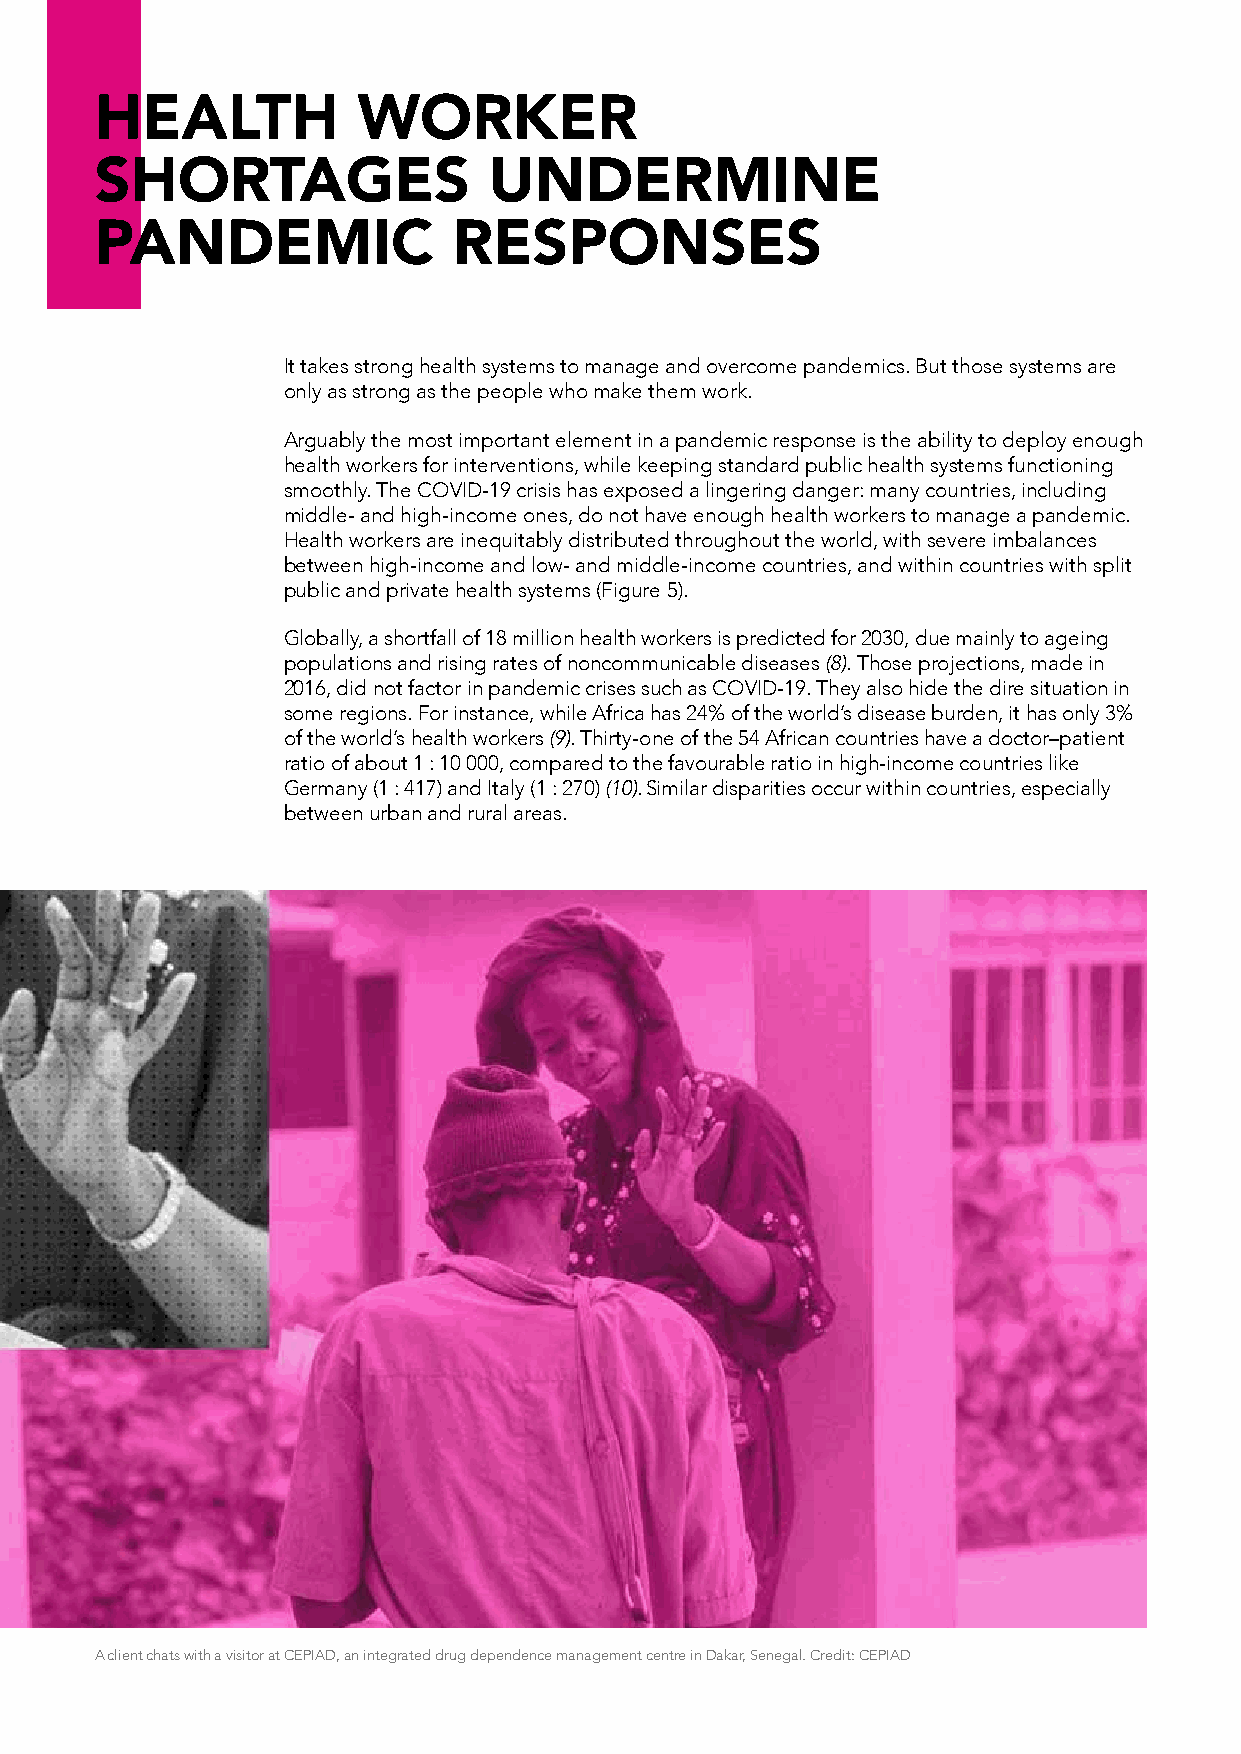
HEALTH            WORKER
 SHORTAGES                 UNDERMINE
 PANDEMIC                RESPONSES
 It takes strong health systems to manage and overcome pandemics. But those systems are
 only as strong as the people who make them work.
 Arguably the most important element in a pandemic response is the ability to deploy enough
 health workers for interventions, while keeping standard public health systems functioning
 smoothly. The COVID-19 crisis has exposed a lingering danger: many countries, including
 middle- and high-income ones, do not have enough health workers to manage a pandemic.
 Health workers are inequitably distributed throughout the world, with severe imbalances
 between high-income and low- and middle-income countries, and within countries with split
 public and private health systems (Figure 5).
 Globally, a shortfall of 18 million health workers is predicted for 2030, due mainly to ageing
 populations and rising rates of noncommunicable diseases (8). Those projections, made in
 2016, did not factor in pandemic crises such as COVID-19. They also hide the dire situation in
 some regions. For instance, while Africa has 24% of the world’s disease burden, it has only 3%
 of the world’s health workers (9). Thirty-one of the 54 African countries have a doctor–patient
 ratio of about 1 : 10 000, compared to the favourable ratio in high-income countries like
 Germany (1 : 417) and Italy (1 : 270) (10). Similar disparities occur within countries, especially
 between urban and rural areas.
 A client chats with a visitor at CEPIAD, an integrated drug dependence management centre in Dakar, Senegal. Credit: CEPIAD